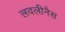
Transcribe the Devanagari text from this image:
लवलीनैस